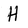
Character: H